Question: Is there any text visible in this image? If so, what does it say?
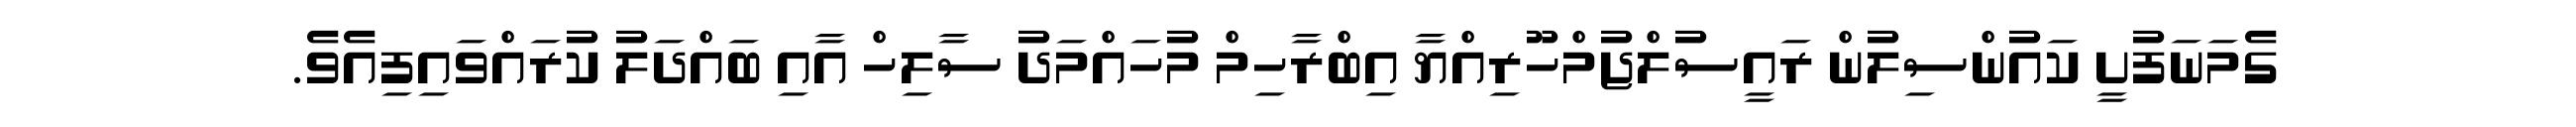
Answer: ގެމަނަފުށީ ކައުންސިލުން ރައީސުލްޖުމްހޫރިއްޔާ އިބްރާހިމް މުހައްމަދު ސާލިހް އާއި ބައްދަލު ކުރައްވައިފިއެވެ.